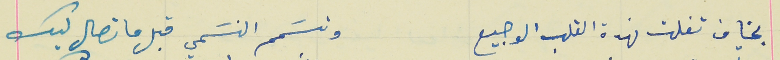
بخاف تفلت نهدة القلب الوجيع                                   وتسَمم النسَمي قبل ما تصال ليك